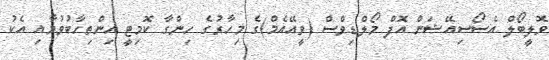
ވޮލީބޯލް އެސޯސިއޭޝަން އޮފް މޯލްޑިވްސް (ވީއޭއެމް)ގެ މިހާރުގެ ހިންގާ ކޮމިޓީ އިންތިހާބުވުމާއި އެކު